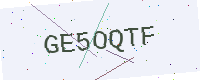
Text: GE5OQTF